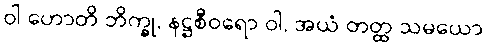
ဝါ ဟောတိ ဘိက္ခု, နဋ္ဌစီဝရော ဝါ, အယံ တတ္ထ သမယော